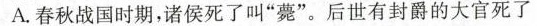
A.春秋战国时期，诸侯死了叫”薨”。后世有封爵的大官死了